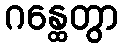
ဂန္ထေတွာ